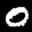
Label: 0